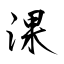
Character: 淉